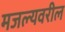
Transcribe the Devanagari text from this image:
मजल्यवरील